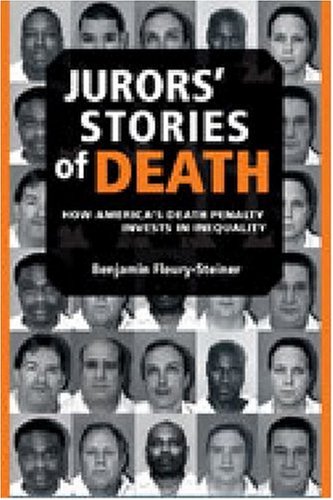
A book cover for Jurors' Stories of Death: How America's Death Penalty Invests in Inequality (Law, Meaning, and Violence); Benjamin Dov Fleury-Steiner; Law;